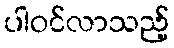
ပါဝင်လာသည့်